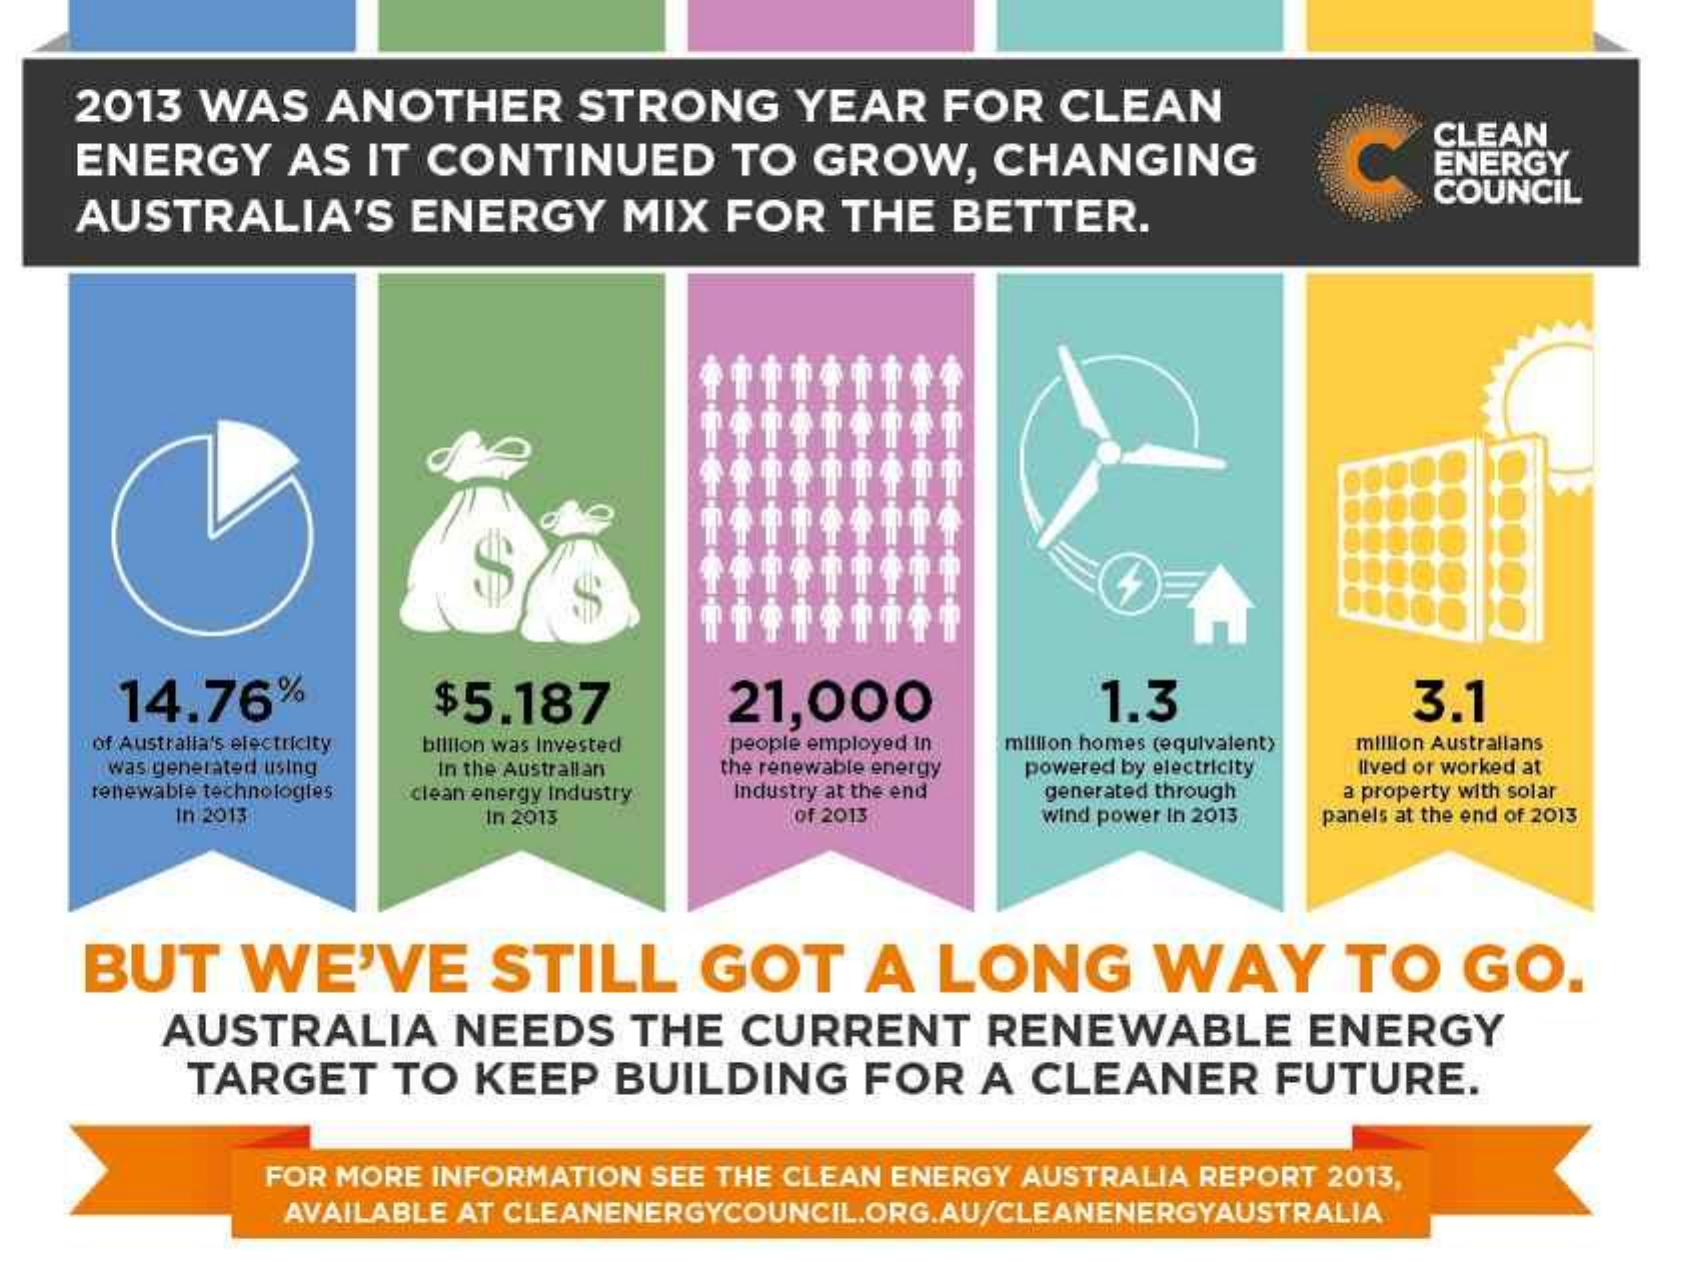
2013   WAS    ANOTHER    STRONG    YEAR    FOR    CLEAN
     ENERGY    AS  IT  CONTINUED    TO   GROW,    CHANGING
     CLEAN
     ENERGY
     AUSTRALIA'S    ENERGY    MIX   FOR    THE   BETTER.
     COUNCIL
     中
     中
     中
     中
     中
     14.76%    $5.187    21,000    1.3    3.1
     of Australia's electricity billion was Invested people employed In
     the renewable energy
     million homes (equivalent) million Australians
     was generated using In the Australian    powered by electricity lived or worked at
     renewable technologies clean energy Industry Industry at the end generated through a property with solar
     In 2013    In 2013    of 2013    wind power in 2013 panels at the end of 2013
     BUT    WE'VE    STILL    GOT    A   LONG    WAY    TO    GO.
     AUSTRALIA    NEEDS    THE   CURRENT    RENEWABLE    ENERGY
     TARGET    TO   KEEP    BUILDING    FOR    A  CLEANER    FUTURE.
     FOR  MORE INFORMATION   SEE THE CLEAN  ENERGY  AUSTRALIA REPORT  2013,
     AVAILABLE AT CLEANENERGYCOUNCIL.ORG.AU/CLEANENERGYAUSTRALIA